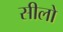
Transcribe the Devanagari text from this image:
सीलो